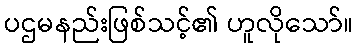
ပဌမနည်းဖြစ်သင့်၏ ဟူလိုသော်။